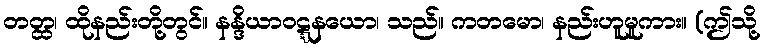
တတ္ထ၊ ထိုနည်းတို့တွင်။ နန္ဒိယာဝဋ္ဋနယော၊ သည်။ ကတမော၊ နည်းဟူမူကား။ (ဤသို့